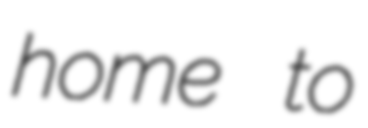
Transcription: home to